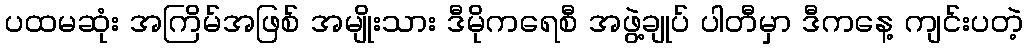
ပထမဆုံး အကြိမ်အဖြစ် အမျိုးသား ဒီမိုကရေစီ အဖွဲ့ချုပ် ပါတီမှာ ဒီကနေ့ ကျင်းပတဲ့